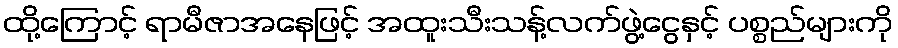
ထို့ကြောင့် ရာမီဇာအနေဖြင့် အထူးသီးသန့်လက်ဖွဲ့ငွေနှင့် ပစ္စည်များကို